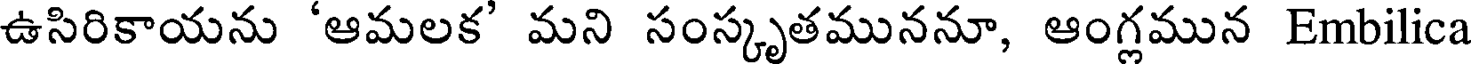
ఉసిరికాయను 'ఆమలక' మని సంస్కృతముననూ, ఆంగ్లమున Embilica